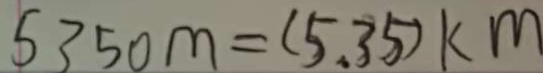
5 3 5 0 m = ( 5 . 3 5 ) k m